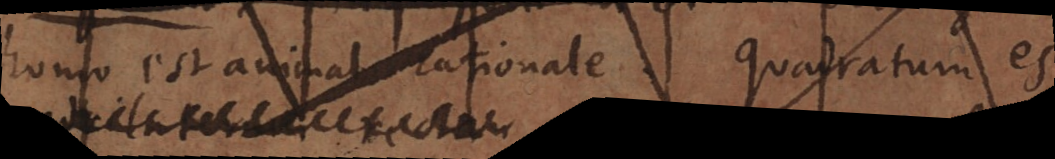
homo est animal rationale. Quadratum est